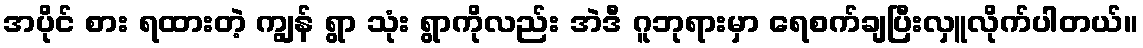
အပိုင် စား ရထားတဲ့ ကျွန် ရွာ သုံး ရွာကိုလည်း အဲဒီ ဂူဘုရားမှာ ရေစက်ချပြီးလှူလိုက်ပါတယ်။